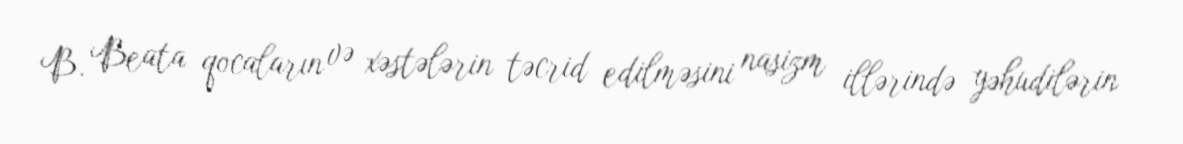
B. Beata qocaların və xəstələrin təcrid edilməsini nasizm illərində yəhudilərin